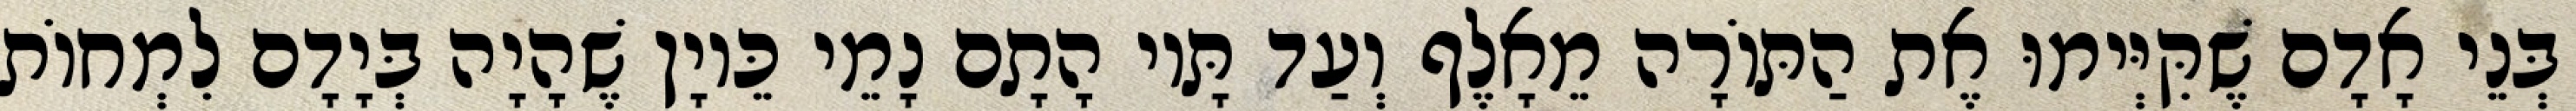
בְּנֵי אָדָם שֶׁקִּיְּימוּ אֶת הַתּוֹרָה מֵאָלֶף וְעַד תָּיו הָתָם נָמֵי כֵּיוָן שֶׁהָיָה בְּיָדָם לִמְחוֹת